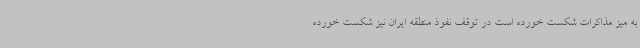
به میز مذاکرات شکست خورده است در توقف نفوذ منطقه ایران نیز شکست خورده